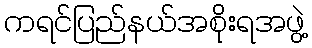
ကရင်ပြည်နယ်အစိုးရအဖွဲ့